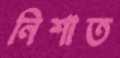
নিশাত